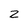
Character: 2